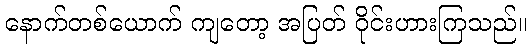
နောက်တစ်ယောက် ကျတော့ အပြတ် ဝိုင်းဟားကြသည်။